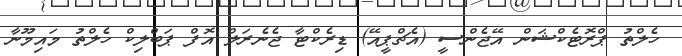
ހެލްތު ޕްރޮޓެކްޝަން އޭޖެންސީ (އެޗްޕީއޭ) ޑިރެކްޓާ ޖެނެރަލް އޮފް ޕަބްލިކް ހެލްތު މައިމޫނާ